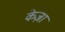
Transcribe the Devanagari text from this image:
केज़ा